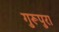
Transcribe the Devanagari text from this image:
गुरूपुरा